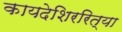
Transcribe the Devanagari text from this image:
कायदेशिररित्या